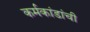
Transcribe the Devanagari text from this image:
कर्मकांडांची